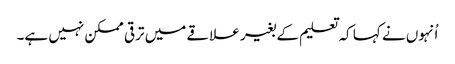
اُنہوں نے کہا کہ تعلیم کے بغیر علاقے میں ترقی ممکن نہیں ہے۔